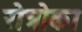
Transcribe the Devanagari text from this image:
रोत्रोका